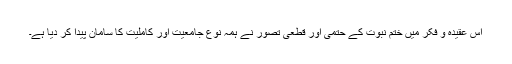
اس عقیدہ و فکر میں ختم نبوت کے حتمی اور قطعی تصور نے ہمہ نوع جامعیت اور کاملیت کا سامان پیدا کر دیا ہے۔